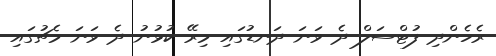
ރެހެންދި ފުޓްސަލް ދެ ވަނަ ދަނޑުގައި މިރޭ ކުޅުނު ދެ ވަނަ މެޗުގައި